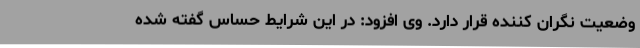
وضعیت نگران کننده قرار دارد. وی افزود: در این شرایط حساس گفته شده